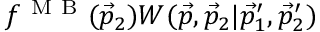
f ^ { \mathrm { ~ M ~ B ~ } } ( \vec { p } _ { 2 } ) W ( \vec { p } , \vec { p } _ { 2 } | \vec { p } _ { 1 } ^ { \prime } , \vec { p } _ { 2 } ^ { \prime } )